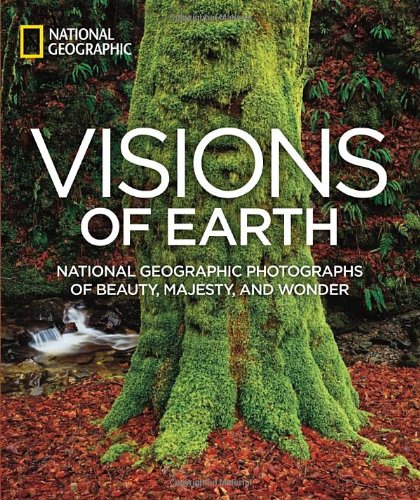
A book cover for Visions of Earth: National Geographic Photographs of Beauty, Majesty, and Wonder (National Geographic Collectors Series); National Geographic; Arts & Photography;